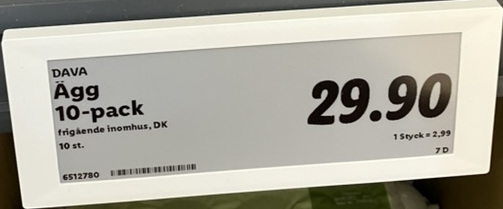
Vara: Ägg 10-pack
Genomsnittspris: 2.99 per st